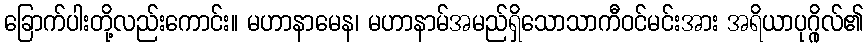
ခြောက်ပါးတို့လည်းကောင်း။ မဟာနာမေန၊ မဟာနာမ်အမည်ရှိသောသာကီဝင်မင်းအား အရိယာပုဂ္ဂိုလ်၏